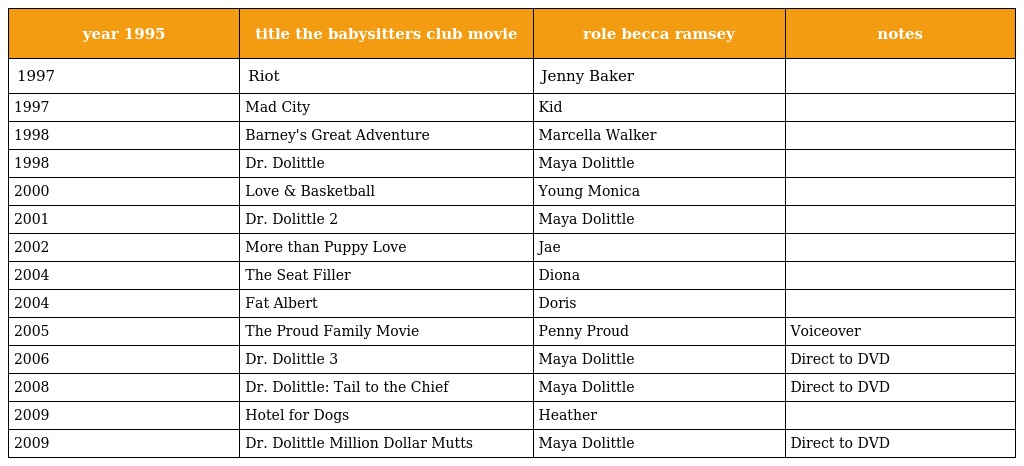
| year 1995 | title the babysitters club movie | role becca ramsey | notes |
 | --- | --- | --- | --- |
 | 1997 | Riot | Jenny Baker |  |
 | 1997 | Mad City | Kid |  |
 | 1998 | Barney's Great Adventure | Marcella Walker |  |
 | 1998 | Dr. Dolittle | Maya Dolittle |  |
 | 2000 | Love & Basketball | Young Monica |  |
 | 2001 | Dr. Dolittle 2 | Maya Dolittle |  |
 | 2002 | More than Puppy Love | Jae |  |
 | 2004 | The Seat Filler | Diona |  |
 | 2004 | Fat Albert | Doris |  |
 | 2005 | The Proud Family Movie | Penny Proud | Voiceover |
 | 2006 | Dr. Dolittle 3 | Maya Dolittle | Direct to DVD |
 | 2008 | Dr. Dolittle: Tail to the Chief | Maya Dolittle | Direct to DVD |
 | 2009 | Hotel for Dogs | Heather |  |
 | 2009 | Dr. Dolittle Million Dollar Mutts | Maya Dolittle | Direct to DVD |